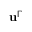
\mathbf { u } ^ { \Gamma }